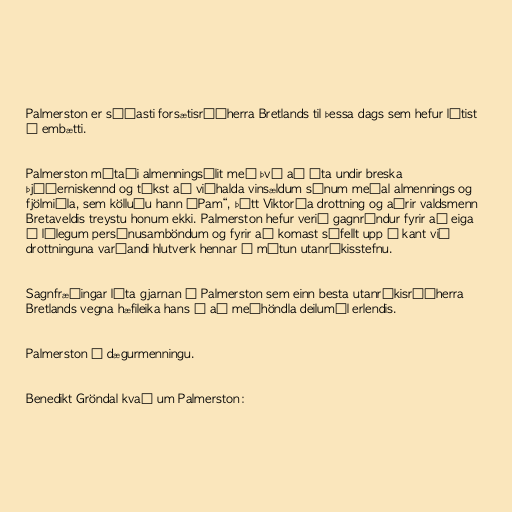
Palmerston er síðasti forsætisráðherra Bretlands til þessa dags sem hefur látist
í embætti.

Palmerston mótaði almenningsálit með því að ýta undir breska
þjóðerniskennd og tókst að viðhalda vinsældum sínum meðal almennings og
fjölmiðla, sem kölluðu hann „Pam“, þótt Viktoría drottning og aðrir valdsmenn
Bretaveldis treystu honum ekki. Palmerston hefur verið gagnrýndur fyrir að eiga
í lélegum persónusamböndum og fyrir að komast sífellt upp á kant við
drottninguna varðandi hlutverk hennar í mótun utanríkisstefnu.

Sagnfræðingar líta gjarnan á Palmerston sem einn besta utanríkisráðherra
Bretlands vegna hæfileika hans í að meðhöndla deilumál erlendis.

Palmerston í dægurmenningu.

Benedikt Gröndal kvað um Palmerston: